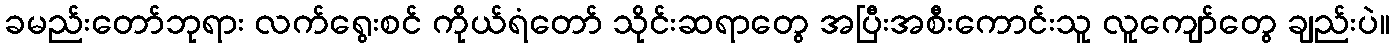
ခမည်းတော်ဘုရား လက်ရွေးစင် ကိုယ်ရံတော် သိုင်းဆရာတွေ အပြီးအစီးကောင်းသူ လူကျော်တွေ ချည်းပဲ။